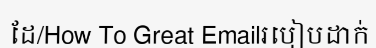
ដែ/How To Great Emailរបៀបដាក់